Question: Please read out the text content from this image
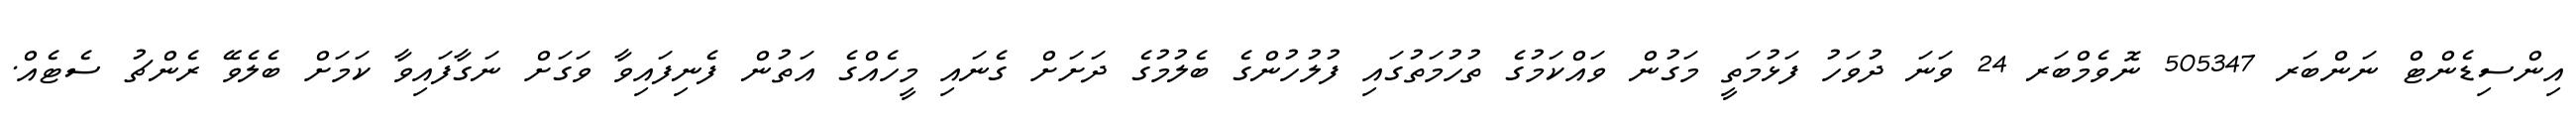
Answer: އިންސިޑެންޓް ނަންބަރ 505347 ނޮވެމްބަރ 24 ވަނަ ދުވަހު ފަޅުމަތީ މަގުން ވައްކަމުގެ ތުހުމަތުގައި ފުލުހުންގެ ބެލުމުގެ ދަށަށް ގެނައި މީހެއްގެ އަތުން ފެނިފައިވާ ވަގަށް ނަގާފައިވާ ކަމަށް ބެލެވޭ ރެންޗު ސެޓެއް.